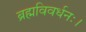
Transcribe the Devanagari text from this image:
ब्रह्मविवर्धनः।